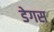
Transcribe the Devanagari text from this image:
डेगस